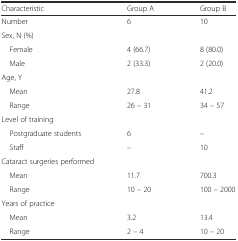
<table><thead><tr><td><b>Characteristic</b></td><td><b>Group A</b></td><td><b>Group B</b></td></tr></thead><tbody><tr><td>Number</td><td>6</td><td>10</td></tr><tr><td colspan="3">Sex, N (%)</td></tr><tr><td> Female</td><td>4 (66.7)</td><td>8 (80.0)</td></tr><tr><td> Male</td><td>2 (33.3)</td><td>2 (20.0)</td></tr><tr><td colspan="3">Age, Y</td></tr><tr><td> Mean</td><td>27.8</td><td>41.2</td></tr><tr><td> Range</td><td>26 – 31</td><td>34 – 57</td></tr><tr><td colspan="3">Level of training</td></tr><tr><td> Postgraduate students</td><td>6</td><td>–</td></tr><tr><td> Staff</td><td>–</td><td>10</td></tr><tr><td colspan="3">Cataract surgeries performed</td></tr><tr><td> Mean</td><td>11.7</td><td>700.3</td></tr><tr><td> Range</td><td>10 – 20</td><td>100 – 2000</td></tr><tr><td colspan="3">Years of practice</td></tr><tr><td> Mean</td><td>3.2</td><td>13.4</td></tr><tr><td> Range</td><td>2 – 4</td><td>10 – 20</td></tr></tbody></table>